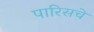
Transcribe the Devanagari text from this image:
पारिसचे